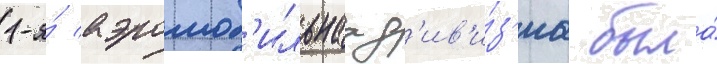
1-я́ аэромоб'ильнаа д'ив'и́з'иа была́